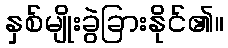
နှစ်မျိုးခွဲခြားနိုင်၏။